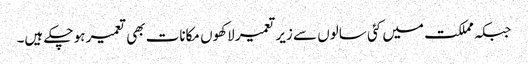
جبکہ مملکت میں کئی سالوں سے زیر تعمیر لاکھوں مکانات بھی تعمیر ہو چکے ہیں۔